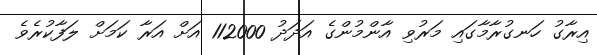
އިރާގު ހަނގުރާމާގައި މަރުވި އާންމުންގެ އަދަދު 112000 އަށް އަރާ ކަމަށް ލަފާކުރެވެ